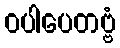
ဝပါပေတဗ္ဗံ